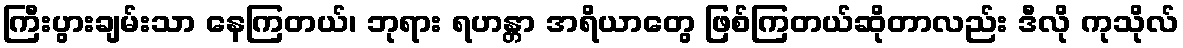
ကြီးပွားချမ်းသာ နေကြတယ်၊ ဘုရား ရဟန္တာ အရိယာတွေ ဖြစ်ကြတယ်ဆိုတာလည်း ဒီလို ကုသိုလ်